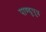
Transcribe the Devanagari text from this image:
पाण्डुपुत्र